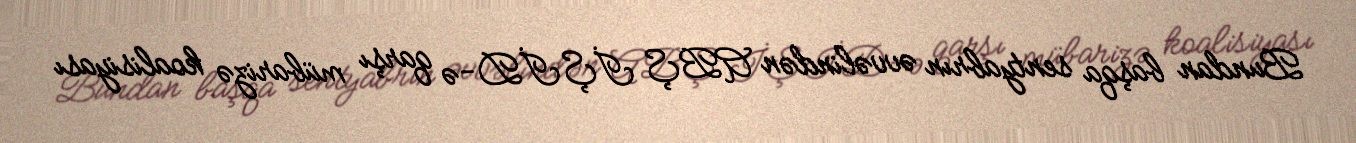
Bundan başqa sentyabrın əvvəlindən ABŞ İŞİD-ə qarşı mübarizə koalisiyası